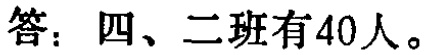
答：四、二班有40人。